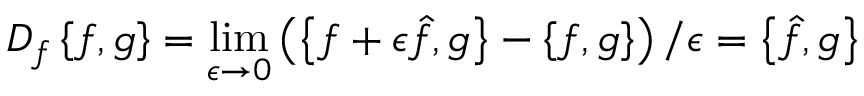
D _ { f } \left\{ f , g \right\} = \operatorname* { l i m } _ { \epsilon \to 0 } \left( \left\{ f + \epsilon { \hat { f } } , g \right\} - \left\{ f , g \right\} \right) / \epsilon = \left\{ \hat { f } , g \right\}